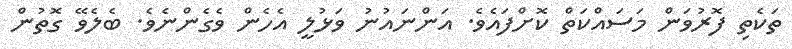
ތަކެތި ފޮރުވަން މަސައްކަތް ކޮށްފައެވެ. އަންނައުނު ވަަޅުލީ އެހެން ވެގެންނެވެ. ބެލެވޭ ގޮތުން